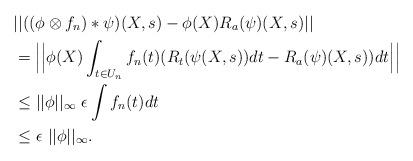
LaTeX: \begin{align*}&||((\phi \otimes f_{n})*\psi)(X,s)-\phi(X)R_{a}(\psi)(X,s)|| \\&=\Big|\Big|\phi(X) \int_{t \in U_{n}}f_{n}(t)(R_{t}(\psi(X,s))dt-R_{a}(\psi)(X,s))dt \Big|\Big| \\& \leq ||\phi||_{\infty} ~\epsilon \int f_{n}(t)dt \\ &\leq \epsilon ~||\phi||_{\infty}.\end{align*}